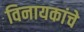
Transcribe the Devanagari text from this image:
विनायकांचे